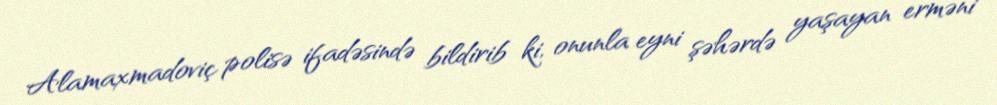
Alamaxmadoviç polisə ifadəsində bildirib ki, onunla eyni şəhərdə yaşayan erməni